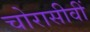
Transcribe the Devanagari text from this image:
चोरासीवीं